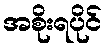
အစိုးရပိုင်